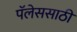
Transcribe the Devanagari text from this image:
पॅलेससाठी